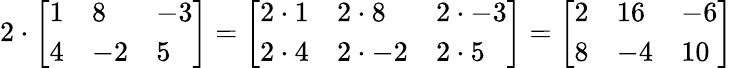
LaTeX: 2\cdot{\left[\begin{array}{lll}{1}&{8}&{-3}\\ {4}&{-2}&{5}\end{array}\right]}={\left[\begin{array}{lll}{2\cdot 1}&{2\cdot 8}&{2\cdot-3}\\ {2\cdot 4}&{2\cdot-2}&{2\cdot 5}\end{array}\right]}={\left[\begin{array}{lll}{2}&{16}&{-6}\\ {8}&{-4}&{10}\end{array}\right]}